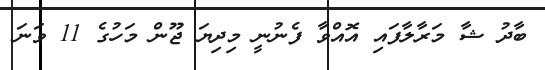
ބާދު ޝާ މަރާލާފައި އޮއްވާ ފެނުނީ މިދިޔަ ޖޫން މަހުގެ 11 ވަނަ